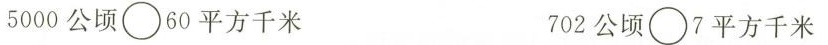
5000公顷\circ 60平方千米 702公顷\circ 7平方千米